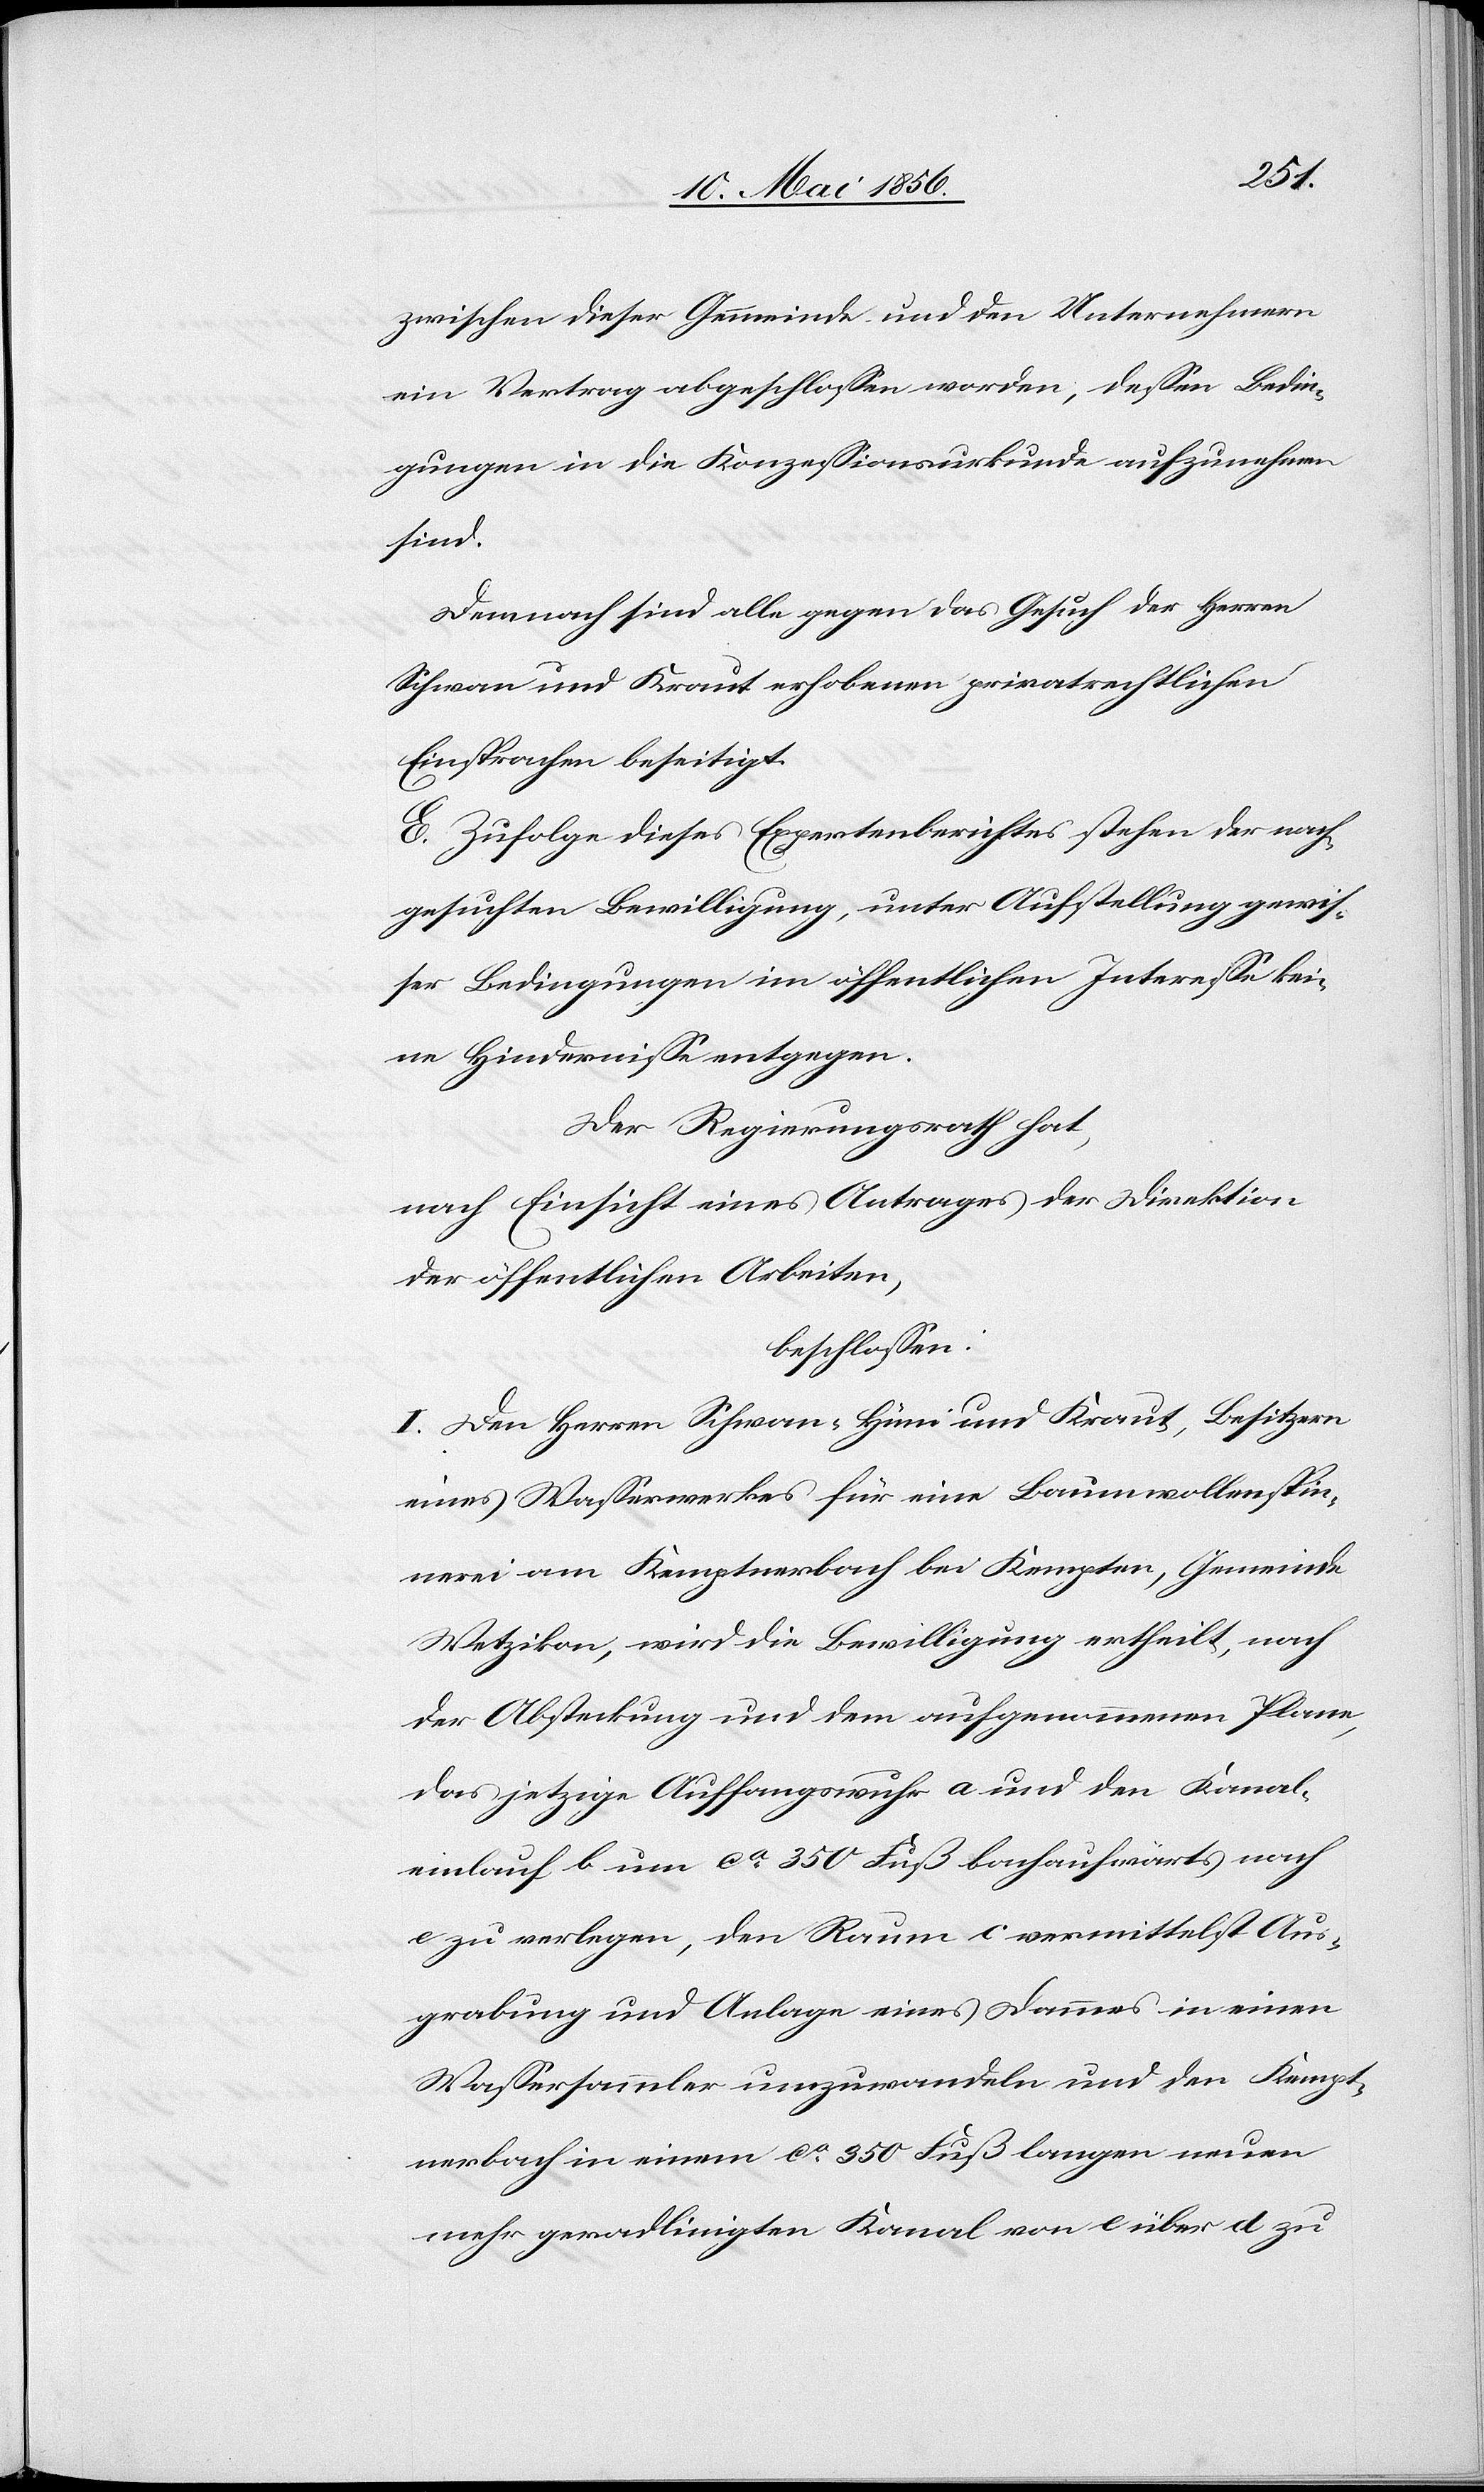
zwischen dieser Gemmeinde [sic!] und den Unternehmern
ein Vertrag abgeschlossen worden, dessen Bedin¬
gungen in die Konzessionsurkunde aufzunehmen
sind.
Demnach sind alle gegen das Gesuch der Herren
Schwan und Kraut erhobenen privatrechtlichen
Einsprachen beseitigt.
E. Zufolge dieses Expertenberichtes stehen der nach¬
gesuchten Bewilligung, unter Aufstellung gewis¬
ser Bedingungen im öffentlichen Interesse kei¬
ne Hindernisse entgegen.
Der Regierungsrath hat,
nach Einsicht eines Antrages der Direktion
der öffentlichen Arbeiten,
beschlossen:
I. Den Herren Schwan-Hüni und Kraut, Besitzern
eines Wasserwerkes für eine Baumwollenspin¬
nerei am Kemptnerbach bei Kempten, Gemeinde
Wetzikon, wird die Bewilligung ertheilt, nach
der Absteckung und dem aufgenommenen Plane,
das jetzige Auffangswuhr a und den Kanal¬
einlauf b um ca 350 Fuß bachaufwärts nach
e zu verlegen, den Raum c vermittelst Aus¬
grabung und Anlage eines Dammes in einen
Wassersammler umzuwandeln und den Kempt¬
nerbach in einem ca 350 Fuß langen neuen
mehr geradlinigten Kanal von e über d zu